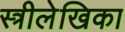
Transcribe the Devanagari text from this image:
स्त्रीलेखिका